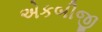
એકબીજી